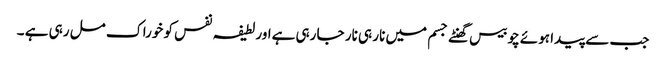
جب سے پیدا ہوئے چوبیس گھنٹے جسم میں نار ہی نار جا رہی ہےاور لطیفہ نفس کو خوراک مل رہی ہے ۔